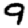
Digit: 9